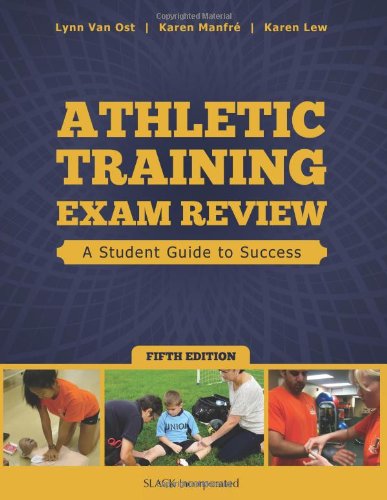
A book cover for Athletic Training Exam Review: A Student Guide to Success; Lynn Van Ost Med  RN  PT  ATC; Medical Books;